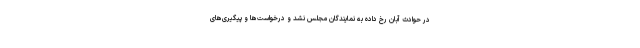
در حوادث آبان رخ داده به نمایندگان مجلس نشد و درخواست‌ها و پیگیری‌های